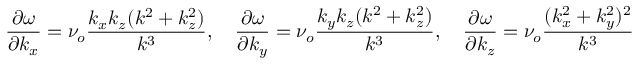
\frac { \partial \omega } { \partial k _ { x } } = \nu _ { o } \frac { k _ { x } k _ { z } ( k ^ { 2 } + k _ { z } ^ { 2 } ) } { k ^ { 3 } } , \quad \frac { \partial \omega } { \partial k _ { y } } = \nu _ { o } \frac { k _ { y } k _ { z } ( k ^ { 2 } + k _ { z } ^ { 2 } ) } { k ^ { 3 } } , \quad \frac { \partial \omega } { \partial k _ { z } } = \nu _ { o } \frac { ( k _ { x } ^ { 2 } + k _ { y } ^ { 2 } ) ^ { 2 } } { k ^ { 3 } }